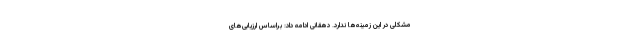
مشکلی در این زمینه‌ها ندارد. دهقانی ادامه داد: براساس ارزیابی‌های